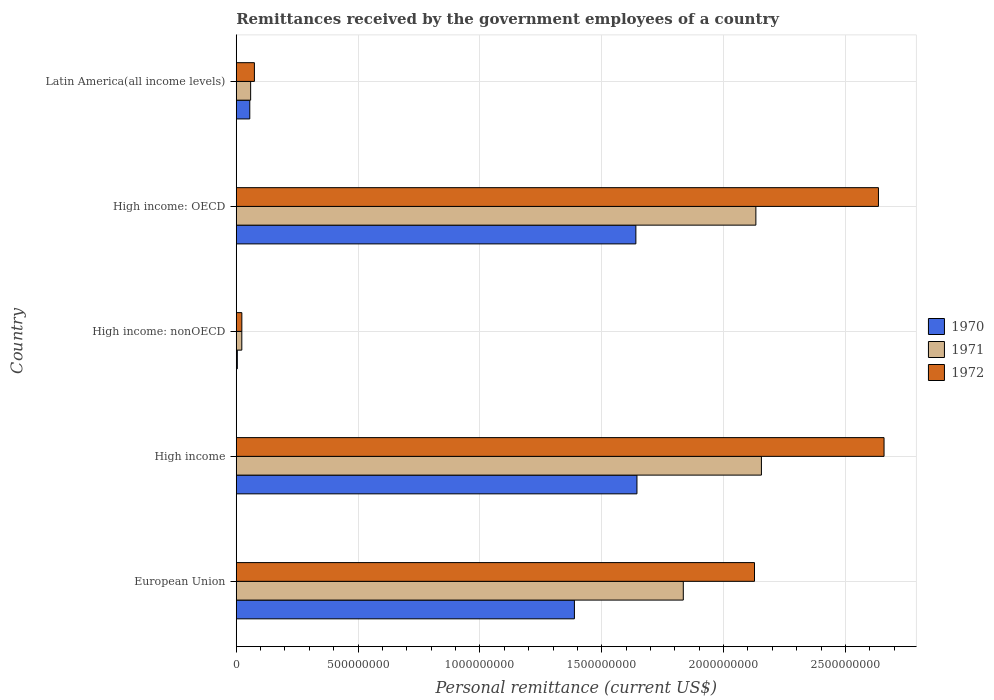
| Country | 1970 | 1971 | 1972 |
 | --- | --- | --- | --- |
 | European Union | 1.39e+09 | 1.83e+09 | 2.13e+09 |
 | High income | 1.64e+09 | 2.16e+09 | 2.66e+09 |
 | High income: nonOECD | 4.4e+06 | 2.28e+07 | 2.29e+07 |
 | High income: OECD | 1.64e+09 | 2.13e+09 | 2.64e+09 |
 | Latin America(all income levels) | 5.55e+07 | 5.91e+07 | 7.45e+07 |